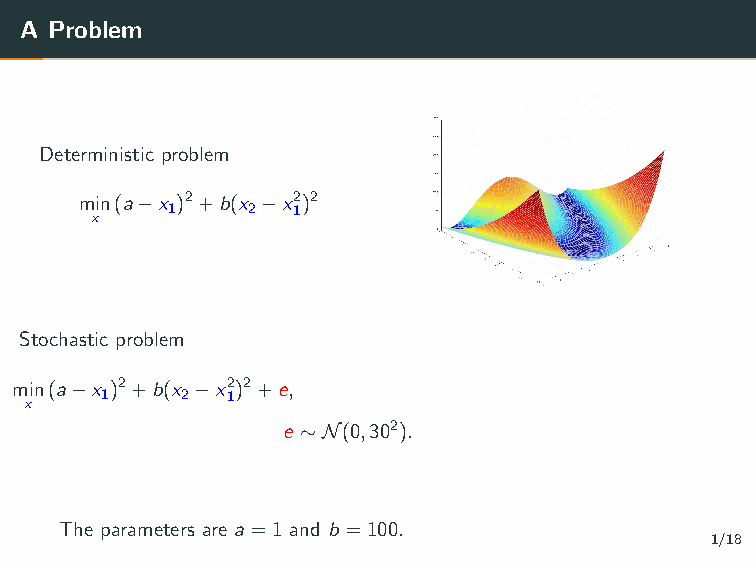
A Problem
 Deterministic problem
 min(a−x )2+b(x −x2)2
 1    2  1
 x
 Stochastic problem
 min(a−x )2+b(x −x2)2+e,
 1    2  1
 x
 e ∼N(0,302).
 The parameters are a=1 and b =100.
 1/18